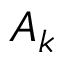
A _ { k }